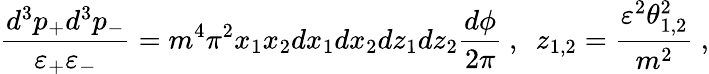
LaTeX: \frac{d^{3}p_{+}d^{3}p_{-}}{\varepsilon_{+}\varepsilon_{-}}=m^{4}\pi^{2}x_{1}x_{2}dx_{1}dx_{2}dz_{1}dz_{2}\frac{d\phi}{2\pi}\ ,\ \ z_{1,2}=\frac{\varepsilon^{2}\theta_{1,2}^{2}}{m^{2}}\ ,